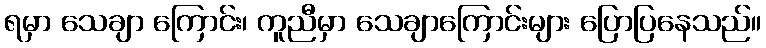
ရမှာ သေချာ ကြောင်း၊ ကူညီမှာ သေချာကြောင်းများ ပြောပြနေသည်။